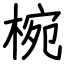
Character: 椀